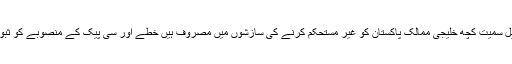
امریکہ ہندوستان اور اسرائیل سمیت کچھ خلیجی ممالک پاکستان کو غیر مستحکم کرنے کی سازشوں میں مصروف ہیں خطے اور سی پیک کے منصوبے کو ثبوتاژ کرنے کے درپے ہیں ۔